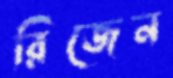
রিজেন